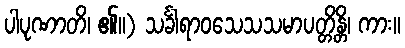
ပါပုဏာတိ၊ ၏။) သင်္ခါရာဝသေသသမာပတ္တိန္တိ၊ ကား။